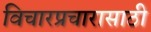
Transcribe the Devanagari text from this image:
विचारप्रचारासाठी